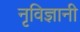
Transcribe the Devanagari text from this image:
नृविज्ञानी